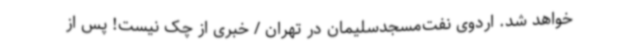
خواهد شد. اردوی نفت‌مسجدسلیمان در تهران / خبری از چک نیست! پس از